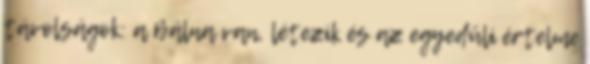
távolságok: a Bálna van, létezik és az egyedüli értelme